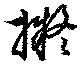
擬